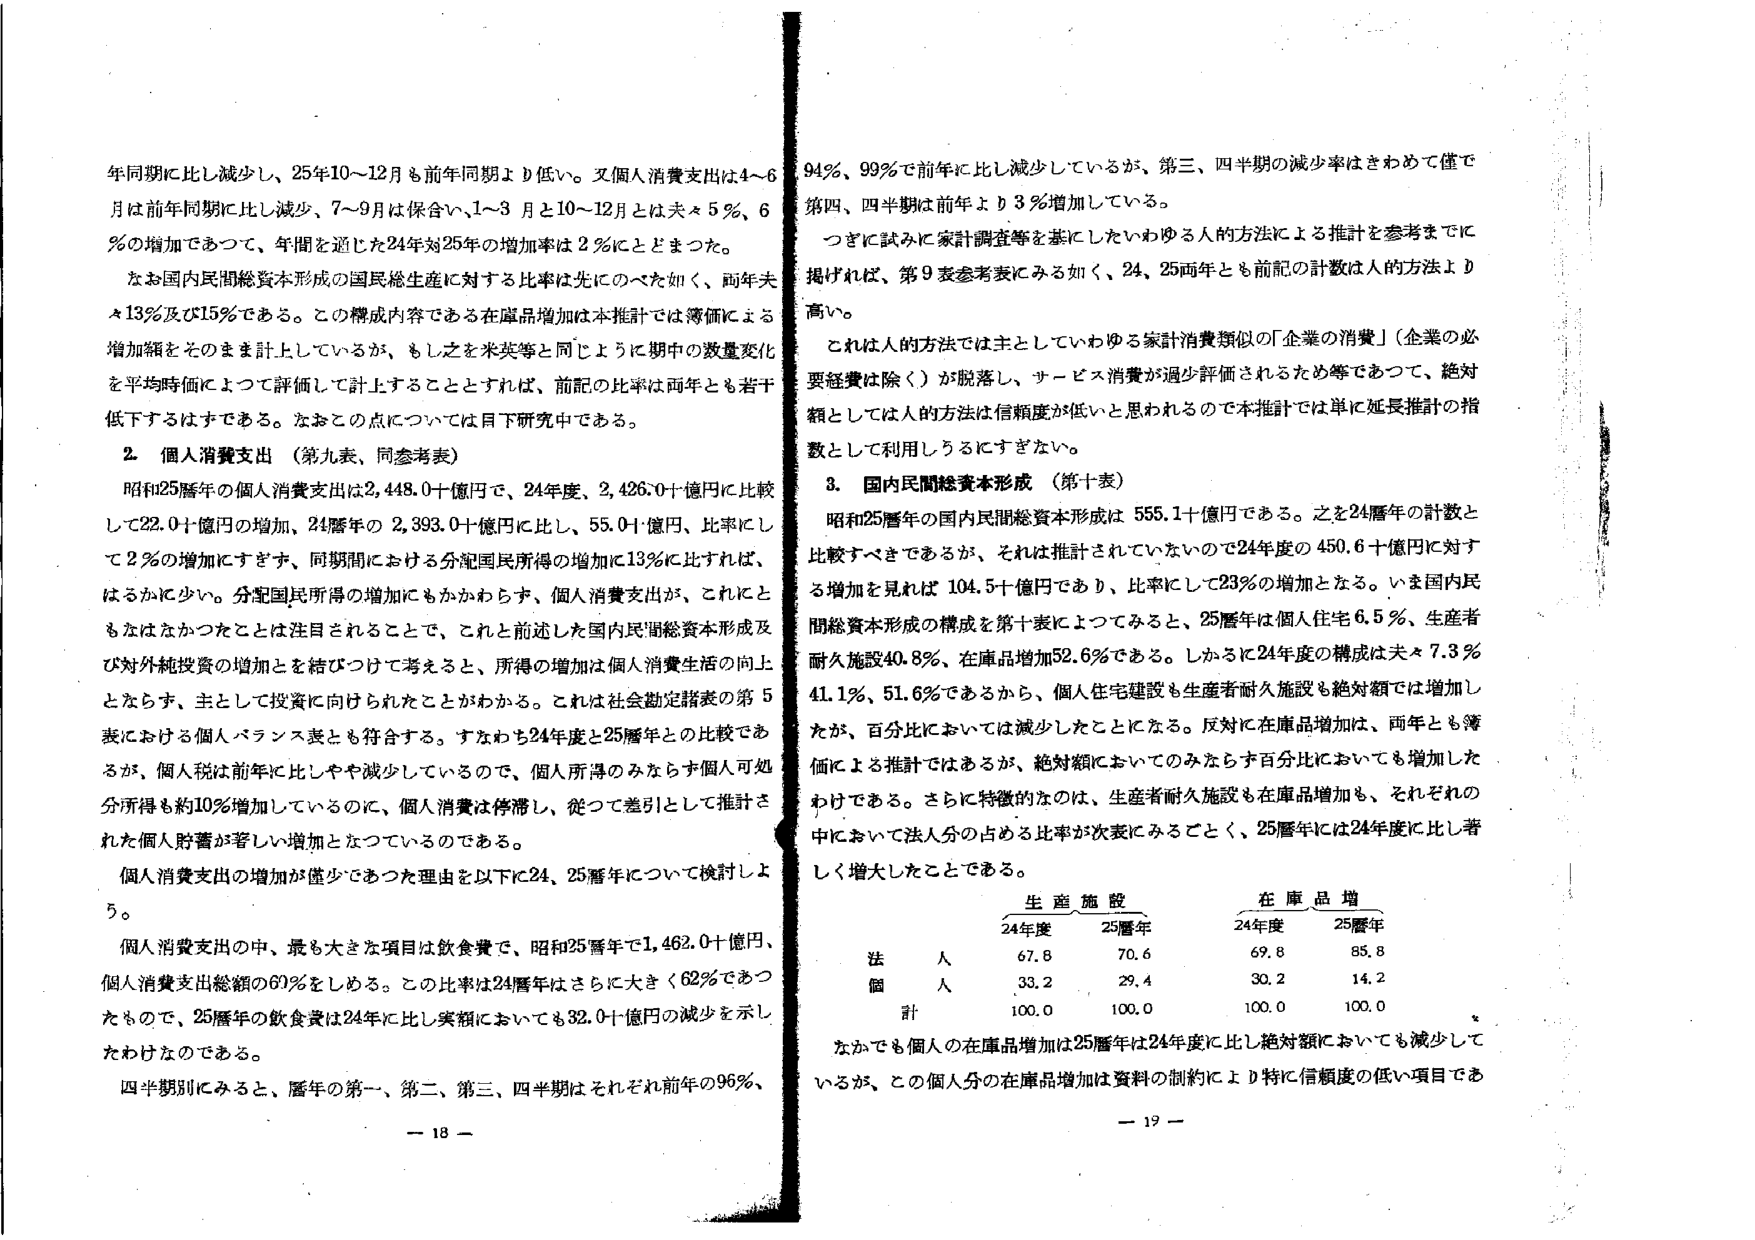
年同期に比し減少し、25年10～12月も前年同期より低い。又個人消費支出は4～6月は前年同期に比し減少、7～9月は保合い、1～3月と10～12月とは共々5％、6％の増加であつて、年間を通じた24年対25年の増加率は2％にとどまった。

なお国内民間総資本形成の国民総生産に対する比率は先にのべた如く、両年共々13％及び15％である。この構成内容である在庫品増加は本推計では簿価による増加額をそのまま計上しているが、もしそを米英等と同じように期中の数量変化を平均時価によつて評価して計上することとすれば、前記の比率は両年とも若干低下するはずである。なおこの点については目下研究中である。

2. 個人消費支出（第九表、同参考表）

昭和25暦年の個人消費支出は2,448.0十億円で、24年度、2,426.0十億円に比較して22.0十億円の増加、24暦年の2,393.0十億円に比し、55.0十億円、比率にして2％の増加にすぎず、同期間における分配国民所得の増加に13％に比すれば、はるかに少い。分配国民所得の増加にもかかわらず、個人消費支出が、これにともなはなかつたことは注目されることで、これと前述した国内民間総資本形成及び対外純投資の増加とを結びつけて考えると、所得の増加は個人消費生活の向上とならず、主として投資に向けられたことがわかる。これは社会勘定諸表の第5表における個人バランス表とも符合する。すなわち24年度と25暦年との比較であるが、個人税は前年に比しやや減少しているので、個人所得のみならず個人可処分所得も約10％増加しているのに、個人消費は停滞し、従つて差引として推計された個人貯蓄が著しい増加となつているのである。

個人消費支出の増加が僅少であった理由を以下に24、25暦年について検討しよう。

個人消費支出の中、最も大きな項目は飲食費で、昭和25暦年で1,462.0十億円、個人消費支出総額の60％をしめる。この比率は24暦年はさらに大きく62％であつたもので、25暦年の飲食費は24年に比し実額においても32.0十億円の減少を示したわけなのである。

四半期別にみると、暦年の第一、第二、第三、四半期はそれぞれ前年の96％、94％、99％で前年に比し減少しているが、第三、四半期の減少率はきわめて僅で、第四、四半期は前年より3％増加している。

つぎに試みに家計調査等を基にしたいわゆる人的方法による推計を参考までに掲ければ、第9表参考表にみる如く、24、25両年とも前記の計数は人的方法より高い。

これは人的方法では主としていわゆる家計消費類似の「企業の消費」（企業の必要経費を除く）が脱落し、サービス消費が過少評価されるため等であつて、絶対額としては人的方法は信頼度が低いと思われるので本推計では単に延長推計の指数として利用しうるにすぎない。

3. 国内民間総資本形成（第十表）

昭和25暦年の国内民間総資本形成は555.1十億円である。之を24暦年の計数と比較すべきであるが、それは推計されていないので24年度の450.6十億円に対する増加を見れば104.5十億円であり、比率にして23％の増加となる。いま国内民間総資本形成の構成を第十表によつてみると、25暦年は個人住宅6.5％、生産者耐久施設40.8％、在庫品増加52.6％である。しかるに24年度の構成は共々7.3％、41.1％、51.6％であるから、個人住宅建設も生産者耐久施設も絶対額では増加したが、百分比においては減少したことになる。反対に在庫品増加は、両年とも簿価による推計ではあるが、絶対額においてのみならず百分比においても増加したわけである。さらに特徴的なのは、生産者耐久施設も在庫品増加も、それぞれの中において法人分の占める比率が次表にみるごとく、25暦年には24年度に比し著しく増大したことである。

生産施設　　　　　在庫品増
　　　　　　　　24年度　25暦年　　　　24年度　25暦年
法　人　　　　　　67.8　　70.6　　　　69.8　　85.8
個　人　　　　　　33.2　　29.4　　　　30.2　　14.2
計　　　　　　　100.0　　100.0　　　　100.0　　100.0

なかでも個人の在庫品増加は25暦年は24年度に比し絶対額においても減少しているが、この個人分の在庫品増加は資料の制約により特に信頼度の低い項目であ

－ 18 －　　　　　　　　　　　　　　　　　　　　　　　　　－ 19 －